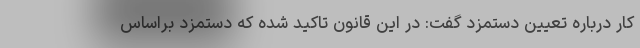
کار درباره تعیین دستمزد گفت: در این قانون تاکید شده که دستمزد براساس